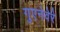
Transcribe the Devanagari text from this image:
गुएनेवेरे